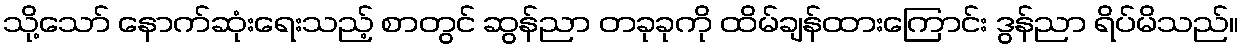
သို့သော် နောက်ဆုံးရေးသည့် စာတွင် ဆွန်ညာ တခုခုကို ထိမ်ချန်ထားကြောင်း ဒွန်ညာ ရိပ်မိသည်။